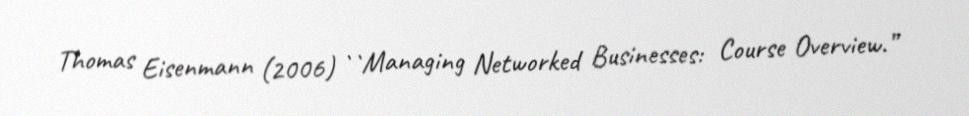
Thomas Eisenmann (2006) ``Managing Networked Businesses: Course Overview.”